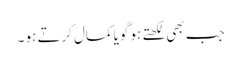
جب بھی لکھتے ہو گویا کمال کرتے ہو ۔